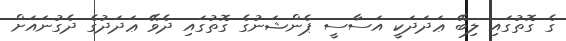
ގެ ގޮތުގައި ލިބޭ ޢަދަދަކީ އަސާސީ ޕެންޝަނުގެ ގޮތުގައި ދެވޭ ޢަދަދުގެ ދެގުނައަށް